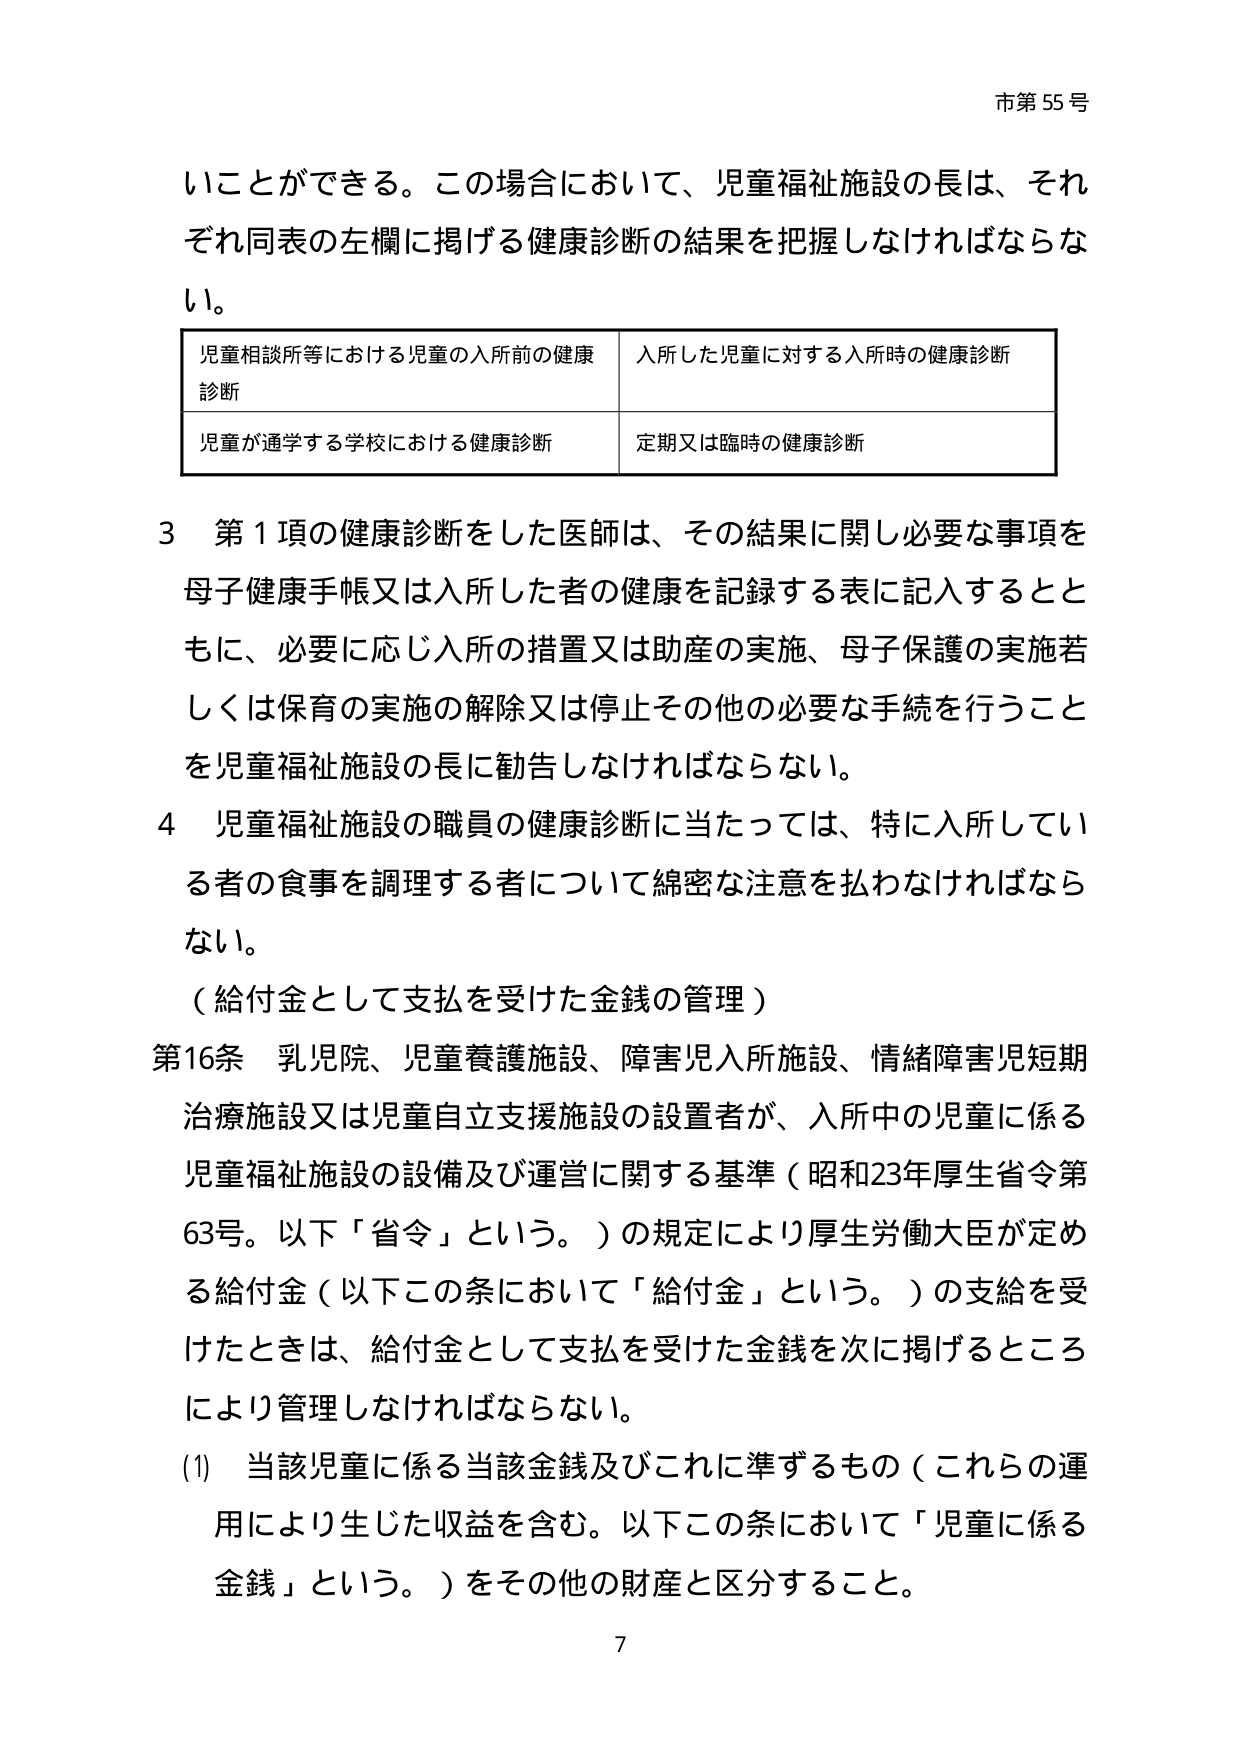
市第55号

いことができる。この場合において、児童福祉施設の長は、それぞれ同表の左欄に掲げる健康診断の結果を把握しなければならない。

児童相談所等における児童の入所前の健康診断　　入所した児童に対する入所時の健康診断
児童が通学する学校における健康診断　　定期又は臨時の健康診断

3 第1項の健康診断をした医師は、その結果に関し必要な事項を母子健康手帳又は入所した者の健康を記録する表に記入するとともに、必要に応じ入所の措置又は助産の実施、母子保護の実施若しくは保育の実施の解除又は停止その他の必要な手続を行うことを児童福祉施設の長に勧告しなければならない。

4 児童福祉施設の職員の健康診断に当たっては、特に入所している者の食事を調理する者について綿密な注意を払わなければならない。

（給付金として支払を受けた金銭の管理）

第16条 乳児院、児童養護施設、障害児入所施設、情緒障害児短期治療施設又は児童自立支援施設の設置者が、入所中の児童に係る児童福祉施設の設備及び運営に関する基準（昭和23年厚生省令第63号。以下「省令」という。）の規定により厚生労働大臣が定める給付金（以下この条において「給付金」という。）の支給を受けたときは、給付金として支払を受けた金銭を次に掲げるところにより管理しなければならない。

(1) 当該児童に係る当該金銭及びこれに準ずるもの（これらの運用により生じた収益を含む。以下この条において「児童に係る金銭」という。）をその他の財産と区分すること。

7